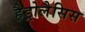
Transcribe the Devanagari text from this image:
हैड्रोलैसिस